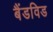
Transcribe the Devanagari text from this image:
बैंडविड